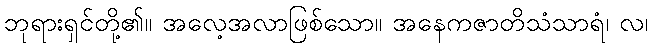
ဘုရားရှင်တို့၏။ အလေ့အလာဖြစ်သော။ အနေကဇာတိသံသာရံ၊ လ၊